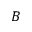
B